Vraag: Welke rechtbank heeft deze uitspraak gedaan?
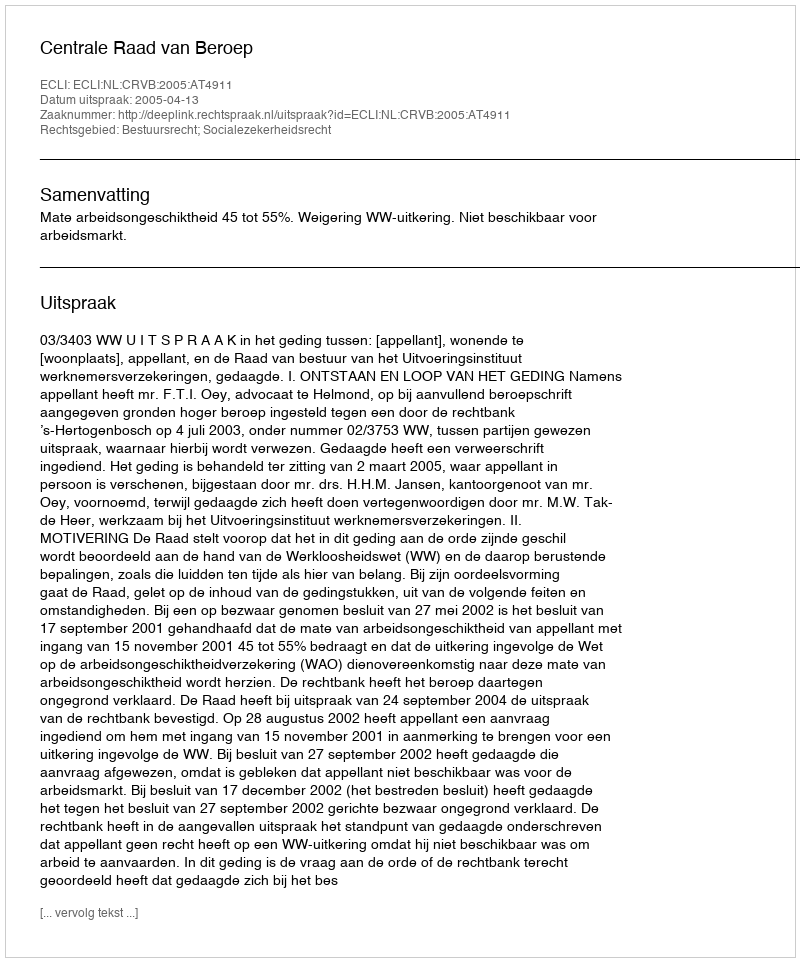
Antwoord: Centrale Raad van Beroep